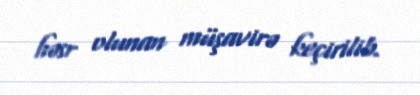
həsr olunan müşavirə keçirilib.